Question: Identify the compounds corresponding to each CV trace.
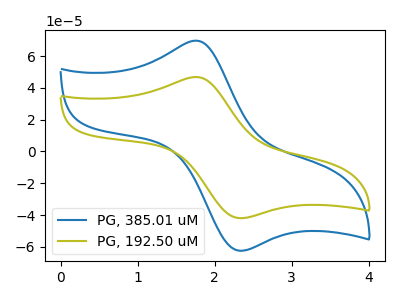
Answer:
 <answer>The blue curve is labeled "PG, 385.01 uM". The olive curve is labeled "PG, 192.50 uM".</answer>
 <eval></eval>